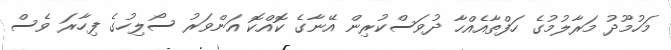
މަހުމޫދު މަރާލުމުގެ ހަފްތާއެއްހާ ދުވަސްކުރިން އޭނާގެ ކޮއްކޮ އަންވަރު ސޯލިހުގެ ފިހާރަ ވެސް